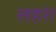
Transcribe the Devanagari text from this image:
लहरे।